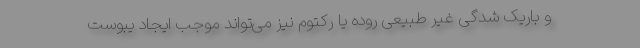
و باریک شدگی غیر طبیعی روده یا رکتوم نیز می‌تواند موجب ایجاد یبوست